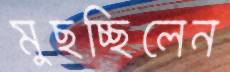
মুছচ্ছিলেন